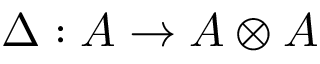
\Delta : A \rightarrow A \otimes A